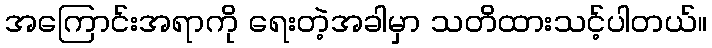
အကြောင်းအရာကို ရေးတဲ့အခါမှာ သတိထားသင့်ပါတယ်။